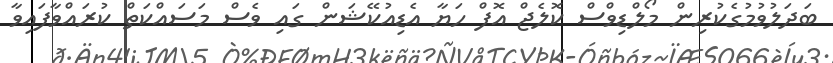
ބަދަލުވުމުގެކުރިން މޯލްޑިވްސް ކޮލެޖް އޮފް ހަޔާ އެޑިއުކޭޝަން ގައި ވެސް މަސައްކަތް ކުރައްވާފައިވާ